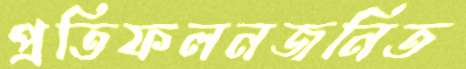
প্রতিফলনজনিত